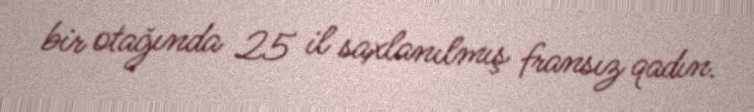
bir otağında 25 il saxlanılmış fransız qadın.